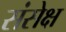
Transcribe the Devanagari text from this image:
संसेक्ष